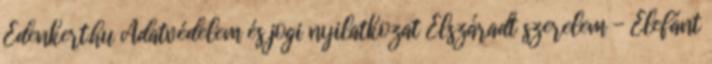
Édenkert.hu Adatvédelem és jogi nyilatkozat Elszáradt szerelem - Elefánt